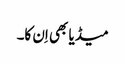
میڈیا بھی اِن کا۔